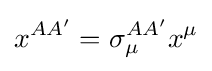
x^{AA'}=\sigma _{\mu }^{AA'}x^{\mu }